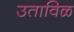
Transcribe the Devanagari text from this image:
उताविळ